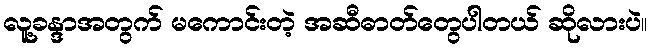
လူ့ခန္ဒာအတွက် မကောင်းတဲ့ အဆီဓာတ်တွေပါတယ် ဆိုလားပဲ။